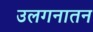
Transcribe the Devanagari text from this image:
उलगनातन